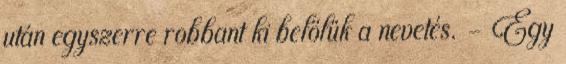
után egyszerre robbant ki belőlük a nevetés. - Egy